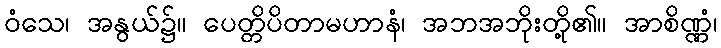
ဝံသေ၊ အနွယ်၌။ ပေတ္တိပိတာမဟာနံ၊ အဘအဘိုးတို့၏။ အာစိဏ္ဏံ၊